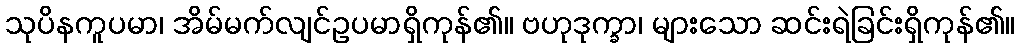
သုပိနကူပမာ၊ အိမ်မက်လျင်ဥပမာရှိကုန်၏။ ဗဟုဒုက္ခာ၊ များသော ဆင်းရဲခြင်းရှိကုန်၏။